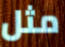
مثل